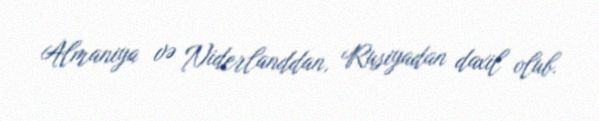
Almaniya və Niderlanddan, Rusiyadan daxil olub.